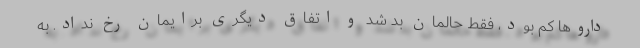
داروها کم بود، فقط حالمان بد شد و اتفاق دیگری برایمان رخ نداد. به